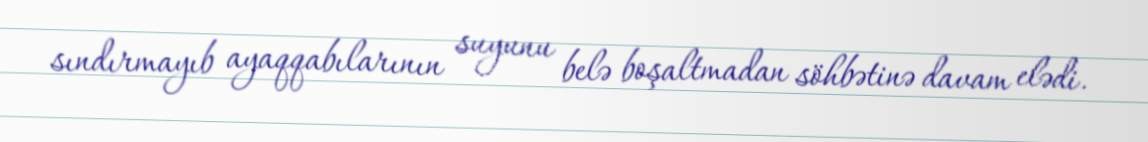
sındırmayıb ayaqqabılarının suyunu belə boşaltmadan söhbətinə davam elədi.